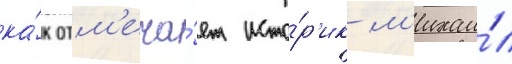
ка́к отм'еча́ет исто́р'ик м'ихаи́л